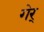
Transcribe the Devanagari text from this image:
गेर्